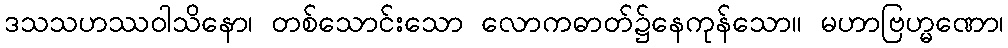
ဒသသဟဿဝါသိနော၊ တစ်သောင်းသော လောကဓာတ်၌နေကုန်သော။ မဟာဗြဟ္မဏော၊